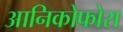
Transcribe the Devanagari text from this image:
आनिकोफोरा